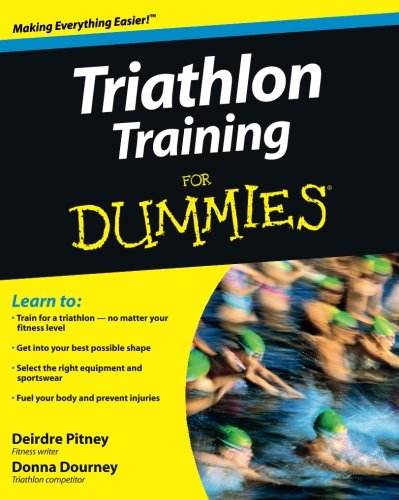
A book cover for Triathlon Training For Dummies; Deirdre Pitney; Health, Fitness & Dieting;